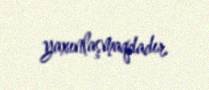
yaxınlaşmaqdadır.